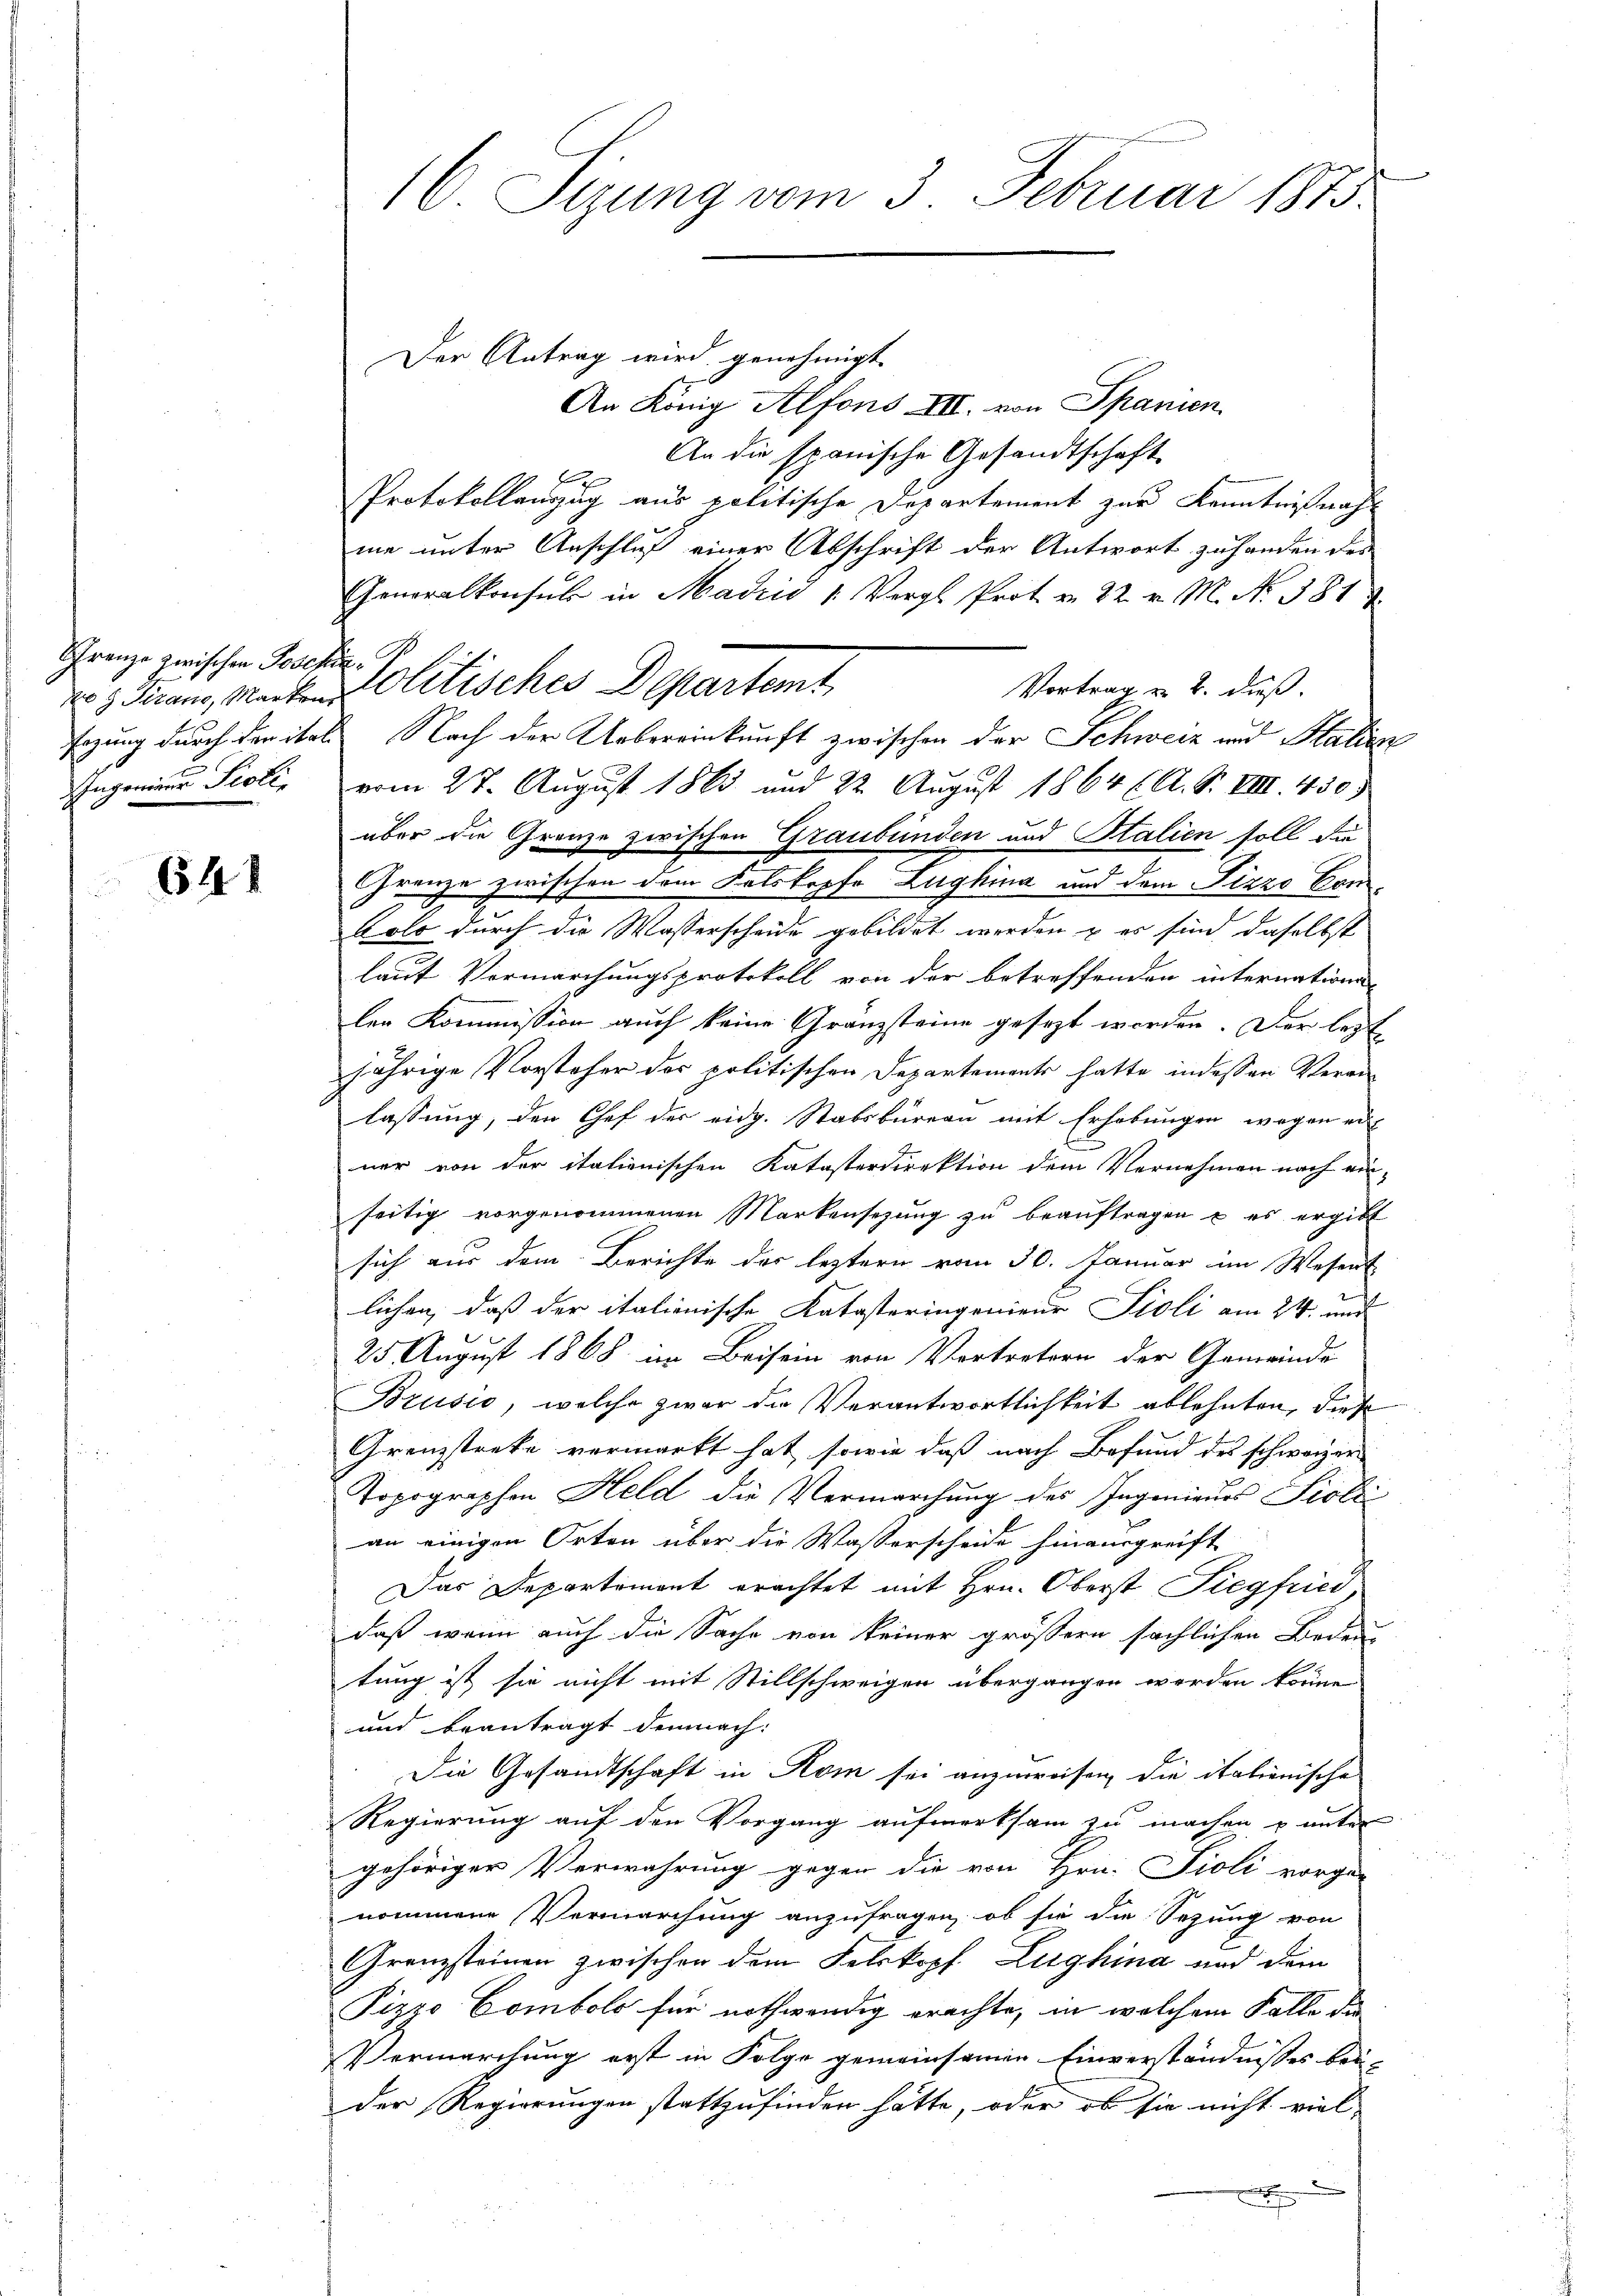
Schrenze zwischen Poschie¬
Ingrenzer Poli

641

16. Sizung vom 3. Februar 1873.

Der Antrag wird genehmigt.
An König Alfons III. von Spanien
An die spanische Gesandtschaft
E
Protokollanzug aus politische Departement zur Kenntnißnah
me unter Anschluß einer Abschrift der Antwort zu handen des
Generalkonsul in Madrid " Vergl. Prot. v. 22. v. M. No. 381
Vortrag v. 2. dieß.
sazung durch der ital Nach der Uebereinkunft zwischen der Schweiz und Stalien
vom 27. August 1863 und 22. August 1864 (A. S. VIII. 430.
über die Grenze zwischen Graubünden und Stalien soll die
Granze zwischen dem Felskopfe Lughina und dem Pizzo Con¬
Colo durch die Wasserscheide gebildet werden & es sind daselbst
laut Vermarchungsprotokoll von der betreffenden internatione
len Kommission auch keine Gränzsteine gesezt worden. Der lezt
jährige Vorsteher der politischen Departements hatte indessen Veran-
lassung, den Chef der eidg. Stabsbureau mit Erhebungen wegen ei
ner von der italienischen Katasterdirektion dem Vernehmen nach ein-
seitig vorgenommenen Markensezung zu beaŭftragen u es ergibt
sich aus dem Berichte der leztern vom 30. Januar im Wesent
lichen, daß der itationische Katasteringenieur Stoli am 24. und
25. August 1868 im Beisein von Vertretern der Gemeinde
Brusio, welche zwar die Verantwortlichkeit ablehnten, diese
Grenzstreke vermarkt hat, sowie daß nach Befund des schweizer
Topographen Held die Vermarchung des Ingenieurs Siolić
an einigen Orten über die Wasserscheide hinausgreift
Das Departement erachtet mit Hrn. Oberst Siegfried
daß wenn auch die Sache von keiner größern sächlichen Bedeu-
tung ist sie nicht mit Stillschweigen übergangen werden könne
und beantragt demnach:
Die Gesandtschaft in Rom sei anzuweisen, die italienische
Regierung auf den Vorgang aufmerksam zu machen u unter
gehöriger Verwahrung gegen die von Hrn. Sioli vorge-
nommene Vermarchung anzufragen, ob sie die Sezung von
Grenzsteinen zwischen dem Felskopf Zughina und dem
Pizzo Combolo für nothwendig erachte, in welchem Falle die
Vermarchung erst in Folge gemeinsamen Einverständnisses bei-
Der Regierungen stattzufinden hätte, oder ob sie nicht viel-
x

vo Giranz, Marken Politisches Departemt